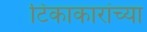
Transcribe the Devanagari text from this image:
टिकाकारांच्या